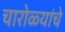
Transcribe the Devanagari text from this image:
चारोळ्यांचे